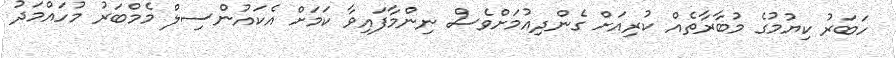
ހަބަރު ކިޔުމުގެ މުބާރާތެއް ކުރިއަށް ގެންދިއުމަށްވެސް ނިންމާފައިވާ ކަމަށް އެކައުންސިލް މެމްބަރު މުހައްމަދު